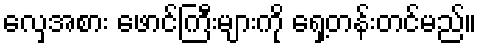
လှေအစား ဖောင်ကြီးများကို ရှေ့တန်းတင်မည်။